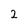
Character: 2